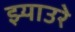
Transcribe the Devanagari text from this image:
झ्याउरे